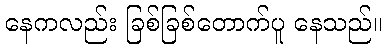
နေကလည်း ခြစ်ခြစ်တောက်ပူ နေသည်။